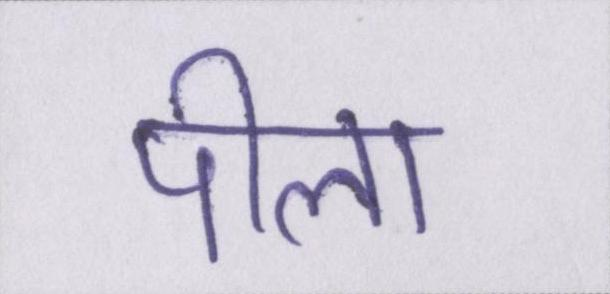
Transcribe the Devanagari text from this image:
पीला